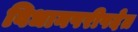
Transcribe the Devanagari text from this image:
विधानपरीषदेत